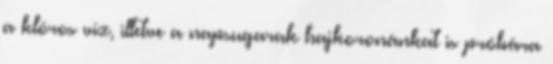
a klóros víz, illetve a napsugarak hajkoronánkat is próbára